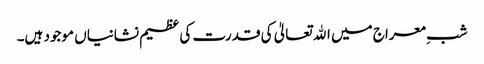
شبِ معراج میں اﷲ تعالیٰ کی قدرت کی عظیم نشانیاں موجود ہیں۔